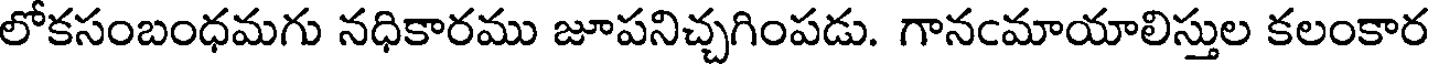
లోకసంబంధమగు నధికారము జూపనిచ్చగింపడు. గానఁమాయాలిస్తుల కలంకార